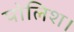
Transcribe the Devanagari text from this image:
पोलिश।